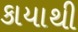
કાયાથી